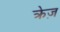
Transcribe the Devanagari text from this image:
क्रेज़